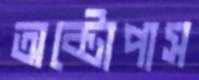
অক্টোপাস